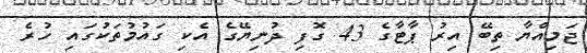
ޖަމިއްޔާ ތިބޭ އިރު ޕާޓާގެ 43 ގޮފި ދުނިޔޭގެ އެކި ގައުމުތަކުގައި ހުރެ